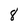
Character: 8